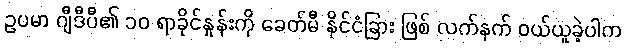
ဥပမာ ဂျီဒီပီ၏ ၁၀ ရာခိုင်နှုန်းကို ခေတ်မီ နိုင်ငံခြား ဖြစ် လက်နက် ဝယ်ယူခဲ့ပါက